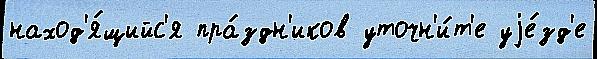
наход'я́щийс'я пра́здн'иков уточн'и́т'е уjе́зд'е